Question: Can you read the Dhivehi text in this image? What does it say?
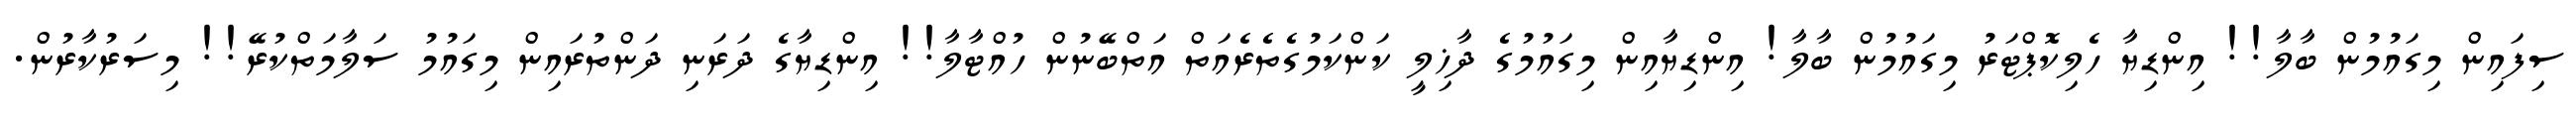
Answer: ސިފައިން މިގައުމުން ބާލާ!! އިންޑިޔާ ހެލިކޮޕްޓަރު މިގައުމުން ބާލާ! އިންޑިޔާއިން މިގައުމުގެ ދާޚިލީ ކަންކަމުގެތެރެއަތް އަތްބޭނުން ހުއްޓާލާ!! އިންޑިޔާގެ ދަރަނި ދަންތުރައިން މިގައުމު ސަލާމަތްކުރޭ!! މިސަރުކާރުން.